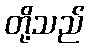
တို့သည်